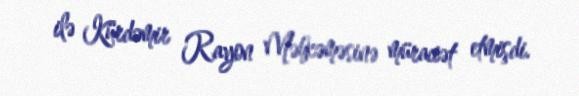
ilə Kürdəmir Rayon Məhkəməsinə müraciət etmişdi.